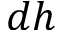
d h